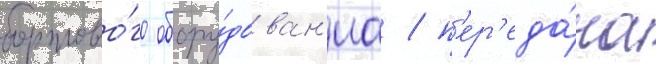
бортово́го обору́дован'иа / п'ер'еда́ча